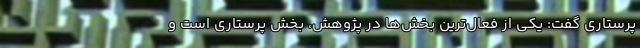
پرستاری گفت: یکی از فعال‌ترین بخش‌ها در پژوهش، بخش پرستاری است و